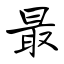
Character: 最